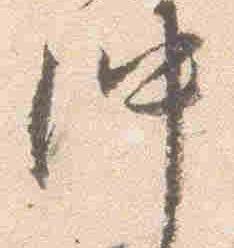
仲